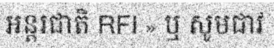
អន្តរជាតិ RFI » ឬ សូមជាវ